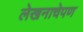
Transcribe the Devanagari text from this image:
लेखनाचेपण